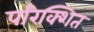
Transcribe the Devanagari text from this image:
परिक्शित